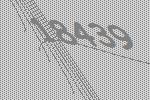
18439